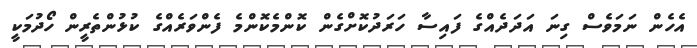
އެހެން ނަމަވެސް ގިނަ އަދަދެއްގެ ފައިސާ ހަރަދުކޮށްގެން ކޮންމެކޮންމެ ފެންވަރެއްގެ ކުޅުންތެރީން ހޯދުމަކީ